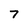
Character: 7